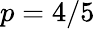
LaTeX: p=4/5